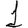
Digit: 1